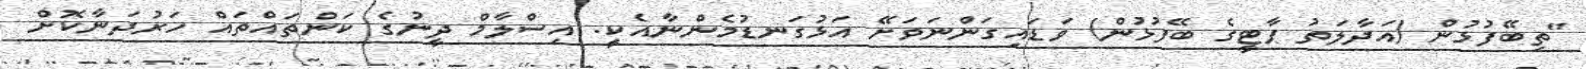
"ތިބޭފުޅުން (އަދާލަތު ޕާޓީގެ ބޭފުޅުން) ވަޑައިގަންނަވަށޭ އަޅުގަނޑުމެންނާއެކިީ. އިސްލާމް ދީނުގެ ކަންތައްތައް ހަރުދަނާކޮށް